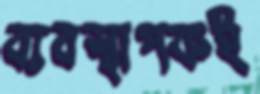
ব্যবস্থাপকই